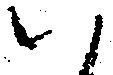
ハ